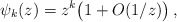
\begin{align*}\psi_k(z)=z^k\bigl(1+O(1/z)\bigr)\,,\end{align*}